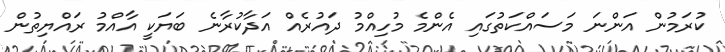
ކުރަމުން އަންނަ މަސައްކަތުގައި އެންމެ މުހިއްމު ދައުރެއް އަދާކުރާނެ ބަޔަކީ އާއްމު ރައްޔިތުން